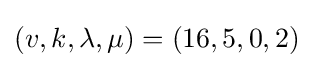
(v,k,\lambda ,\mu )=(16,5,0,2)